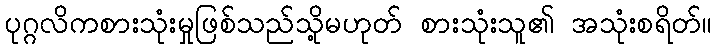
ပုဂ္ဂလိကစားသုံးမှုဖြစ်သည်သို့မဟုတ် စားသုံးသူ၏ အသုံးစရိတ်။